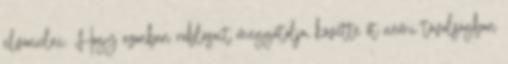
elvonulni. Hogy azonban rablásait meggátolja, követte őt némi távolságban